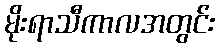
မိုးရာသီကာလအတွင်း